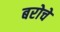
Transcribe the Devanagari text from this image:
बरोचे